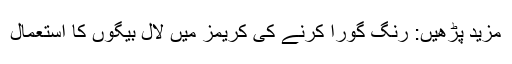
مزید پڑھیں: رنگ گورا کرنے کی کریمز میں لال بیگوں کا استعمال